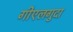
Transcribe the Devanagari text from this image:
गीएलगुदा